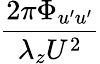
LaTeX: \frac{2\pi\Phi_{u^{\prime}u^{\prime}}}{\lambda_{z}U^{2}}